38_143685_box7_Incident_Summaries_1-100
Agency: Department of War
Page 182
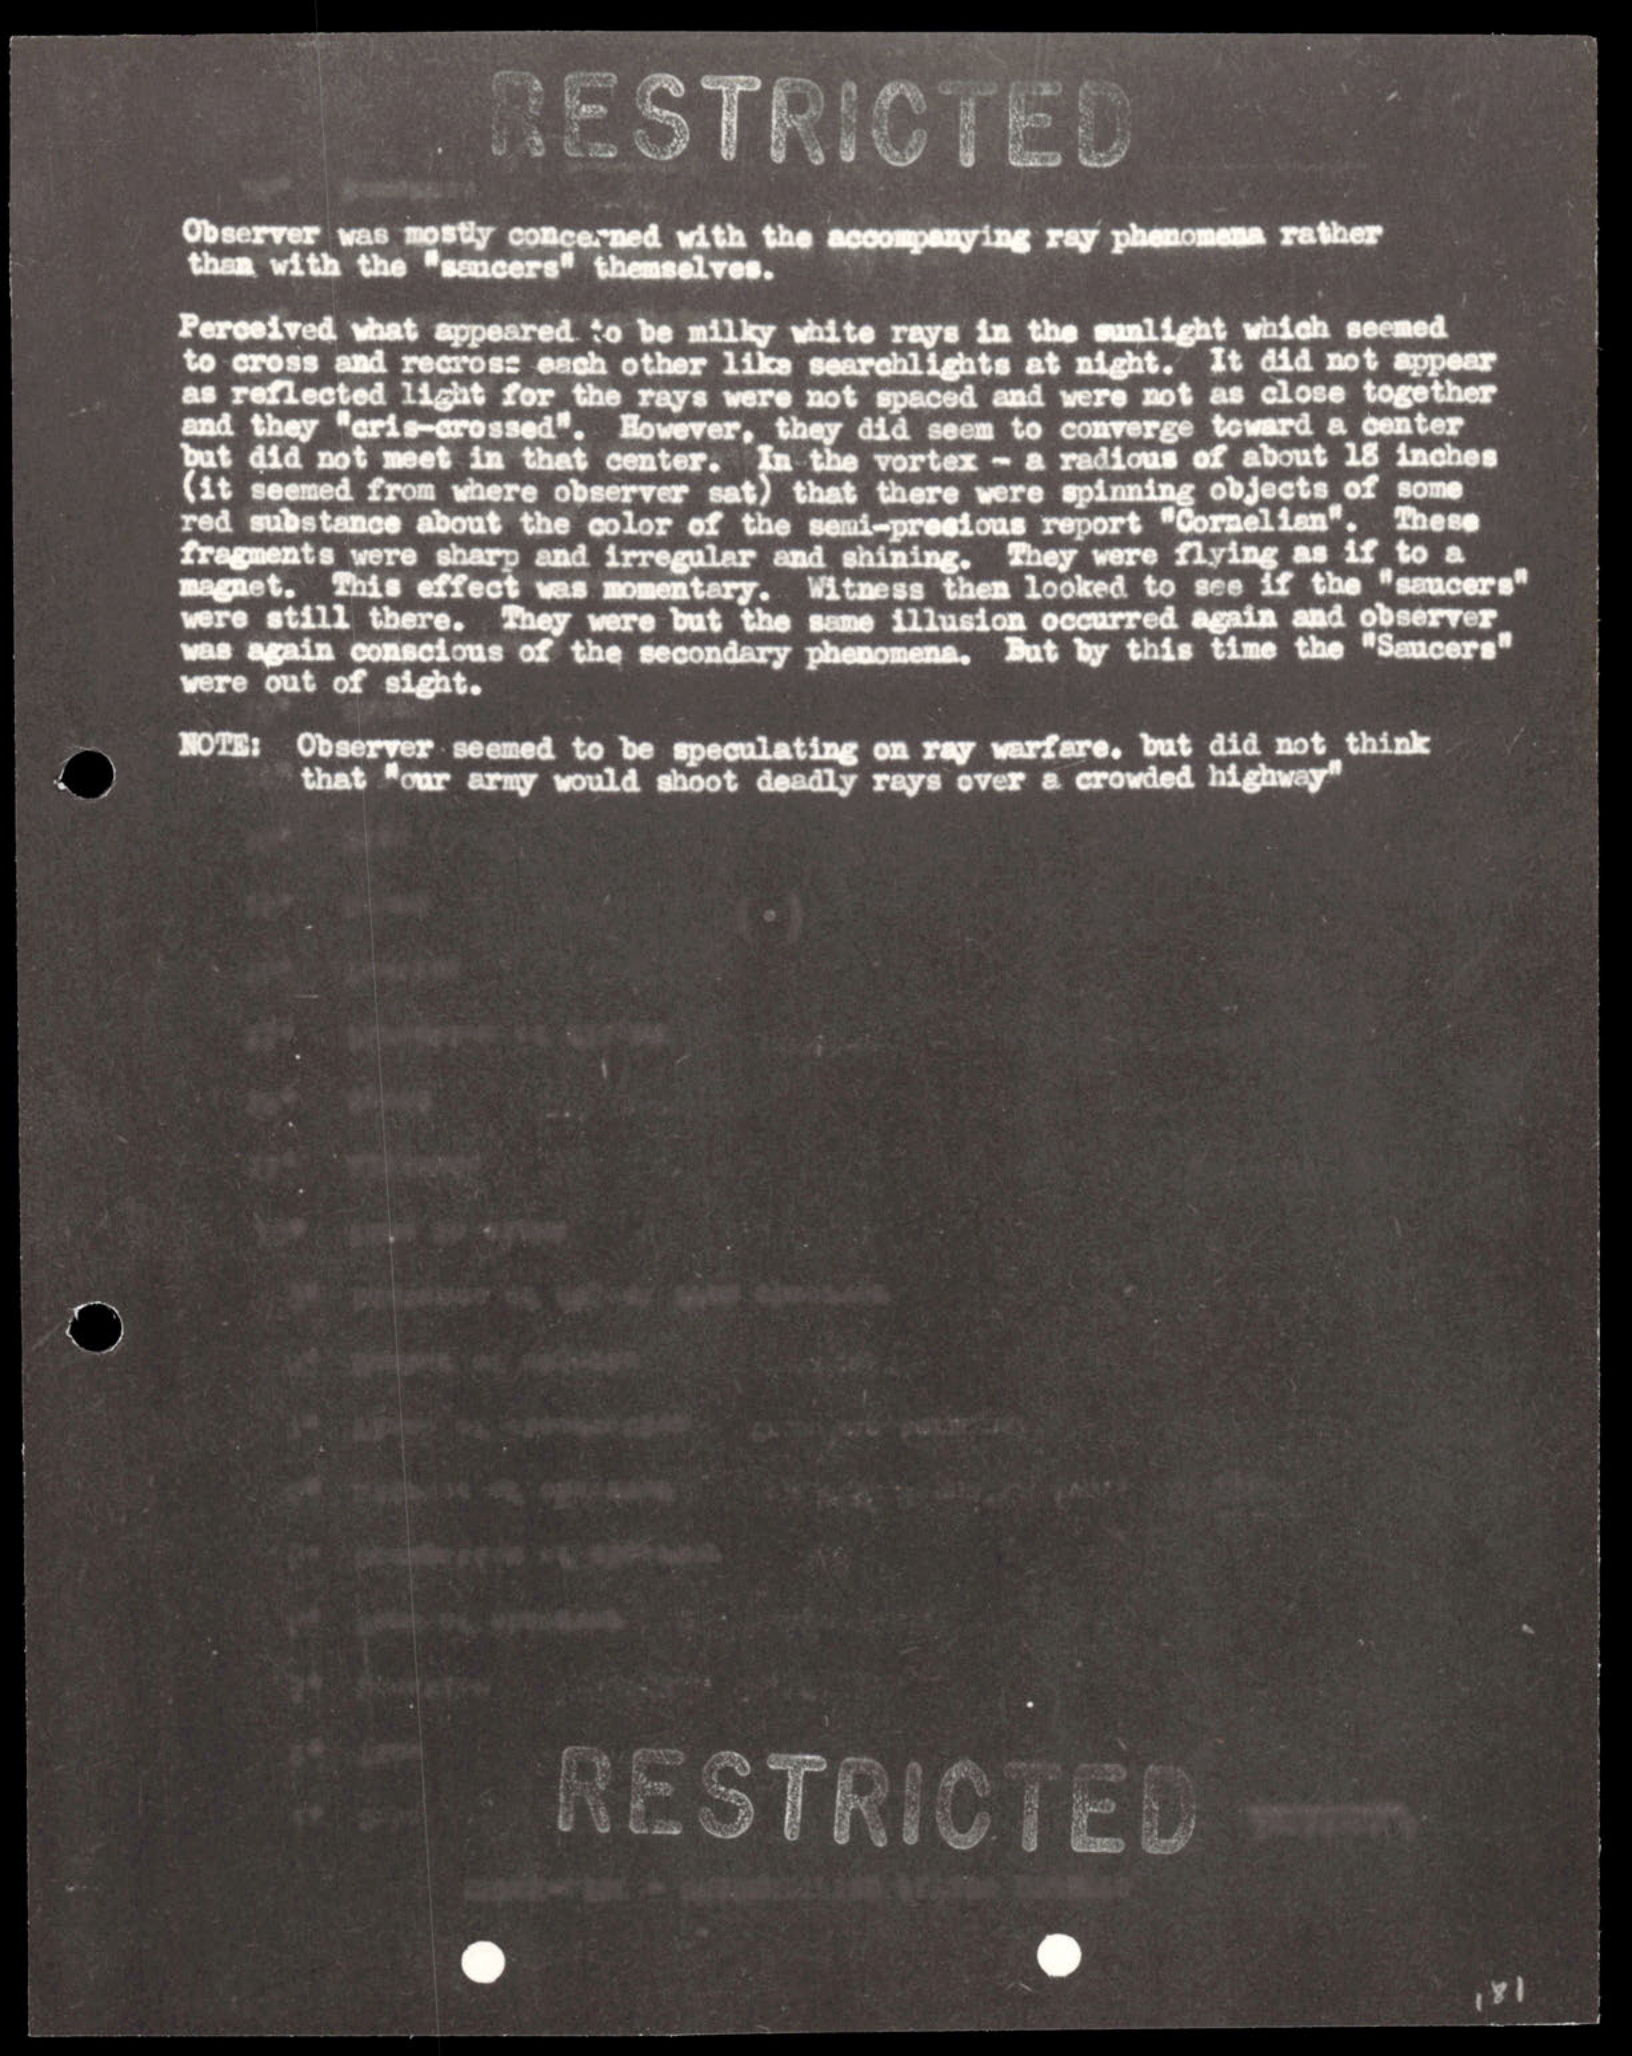